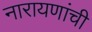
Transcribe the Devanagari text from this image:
नारायणांची